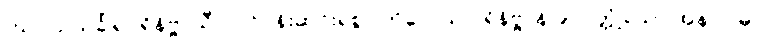
(ဃ) သသင်္ခါရပရိနိဗ္ဗာယီ - ပင်ပန်းဆင်းရဲစွာ ကိလေသ ပရိနိဗ္ဗာန်ပြုလတ္တံ့သော အနာဂါမ်။